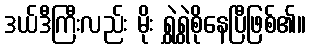
ဒယ်ဒီကြီးလည်း မိုး ရွှဲရွှဲစိုနေပြီဖြစ်၏။